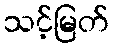
သင့်မြတ်